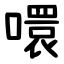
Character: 噮